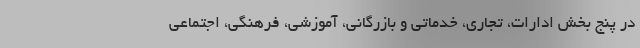
در پنج بخش ادارات، تجاری، خدماتی و بازرگانی، آموزشی، فرهنگی، اجتماعی